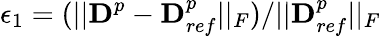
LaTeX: \epsilon_{1}=(||\boldsymbol{\textbf{D}}^{p}-\boldsymbol{\textbf{D}}_{ref}^{p}||_{F})/||\boldsymbol{\textbf{D}}_{ref}^{p}||_{F}